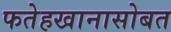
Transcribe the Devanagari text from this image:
फतेहखानासोबत